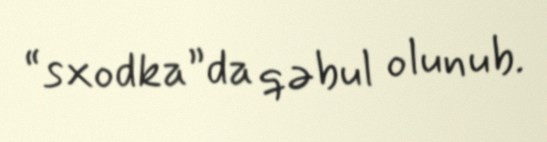
“sxodka”da qəbul olunub.